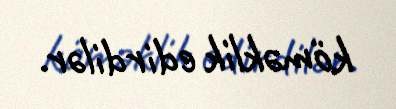
köməklik edirdilər.